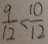
\frac { 9 } { 1 2 } < \frac { 1 0 } { 1 2 }